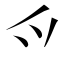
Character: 爫